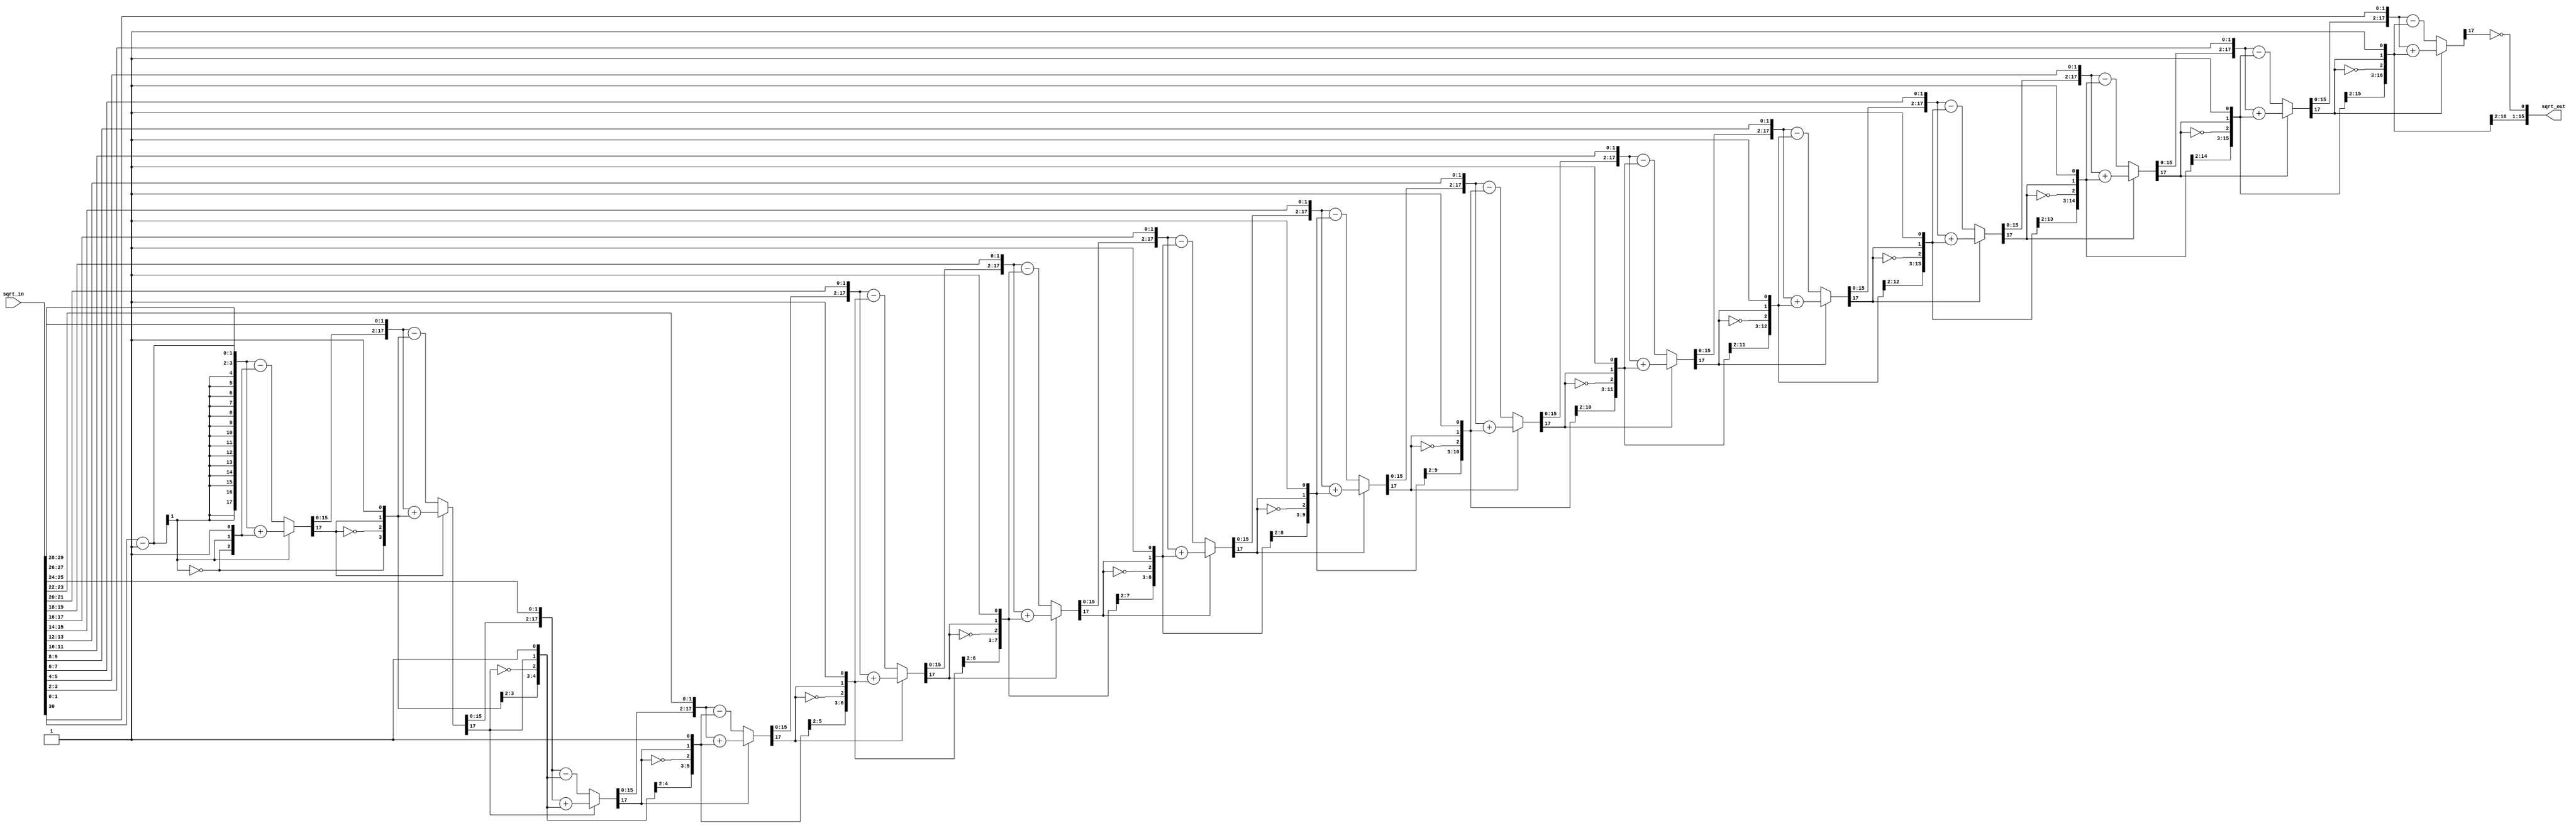
`timescale 1ns / 1ps
//////////////////////////////////////////////////////////////////////////////////
// Company: 
// Engineer: 
// 
// Design Name: 
// Module Name: sqrt
// Project Name: 
// Target Devices: 
// Tool Versions: 
// Description: 
// 
// Dependencies: 
// 
// Revision:
// Revision 0.01 - File Created
// Additional Comments:
// 
//////////////////////////////////////////////////////////////////////////////////

//maximum is sqrt of 16.
module sqrt(input [30:0] sqrt_in, output [15:0] sqrt_out);
// DO NOT TOUCH CODE BELOW
//https://verilogcodes.blogspot.com/2017/11/a-verilog-function-for-finding-square-root.htmls
assign sqrt_out = sqrt(sqrt_in);
                  reg [15:0] sqr;
                  //Verilog function to find square root of a 32 bit number.
                  //The output is 16 bit.
                  function [15:0] sqrt;
                      input [31:0] num;  //declare input
                      //intermediate signals.
                      reg [31:0] a;
                      reg [15:0] q;
                      reg [17:0] left,right,r;    
                      integer i;
                  begin
                      //initialize all the variables.
                      a = num;
                      q = 0;
                      i = 0;
                      left = 0;   //input to adder/sub
                      right = 0;  //input to adder/sub
                      r = 0;  //remainder
                      //run the calculations for 16 iterations.
                      for(i=0;i<16;i=i+1) begin 
                          right = {q,r[17],1'b1};
                          left = {r[15:0],a[31:30]};
                          a = {a[29:0],2'b00};    //left shift by 2 bits.
                          if (r[17] == 1) //add if r is negative
                              r = left + right;
                          else    //subtract if r is positive
                              r = left - right;
                          q = {q[14:0],!r[17]};       
                      end
                      sqrt = q;   //final assignment of output.
                  end
                  endfunction //end of Function
endmodule